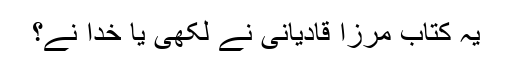
یہ کتاب مرزا قادیانی نے لکھی یا خدا نے؟